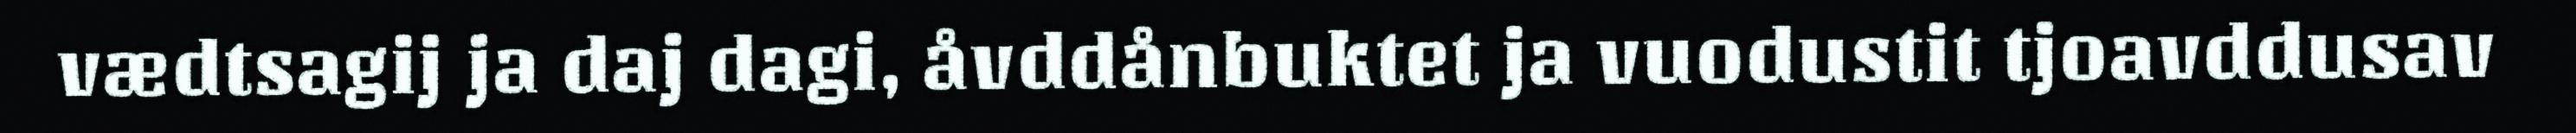
vædtsagij ja daj dagi, åvddånbuktet ja vuodustit tjoavddusav